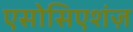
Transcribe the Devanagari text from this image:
एसोसिएशंज़